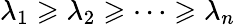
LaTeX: \lambda_{1}\geqslant\lambda_{2}\geqslant\dotsb\geqslant\lambda_{n}